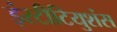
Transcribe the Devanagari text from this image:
इंस्टीटियुशंस